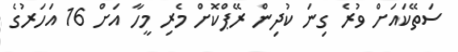
ސަތޭކައަށް ވުރެ ގިނަ ކުދިން ރޭޕްކޮށް މެރި މީހާ އަށް 16 އަހަރުގެ